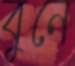
বুনে